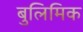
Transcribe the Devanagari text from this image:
बुलिमिक